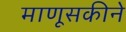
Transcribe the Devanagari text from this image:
माणूसकीने